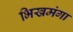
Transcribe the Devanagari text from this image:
भिखमंगा